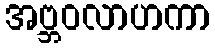
အဗ္ဘဝလာဟကာ